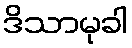
ဒိသာမုခါ